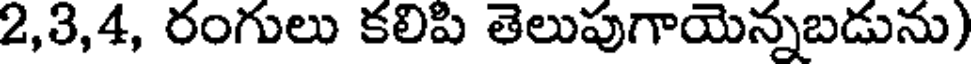
2,3,4, రంగులు కలిపి తెలుపుగాయెన్నబడును)